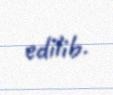
edilib.